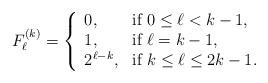
LaTeX: \begin{align*}F_\ell^{(k)} =\left\{ \begin{array}{ll} 0, & \hbox{\rm if\ } 0\leq \ell < k-1,\\1, & \hbox{\rm if\ } \ell = k-1,\\2^{\ell-k}, & \hbox{\rm if\ } k\leq \ell \leq 2k-1.\end{array}\right. \end{align*}